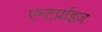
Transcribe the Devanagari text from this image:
एन्टर्प्राइज़